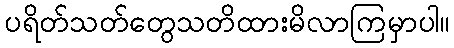
ပရိတ်သတ်တွေသတိထားမိလာကြမှာပါ။